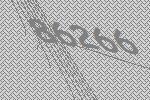
86266